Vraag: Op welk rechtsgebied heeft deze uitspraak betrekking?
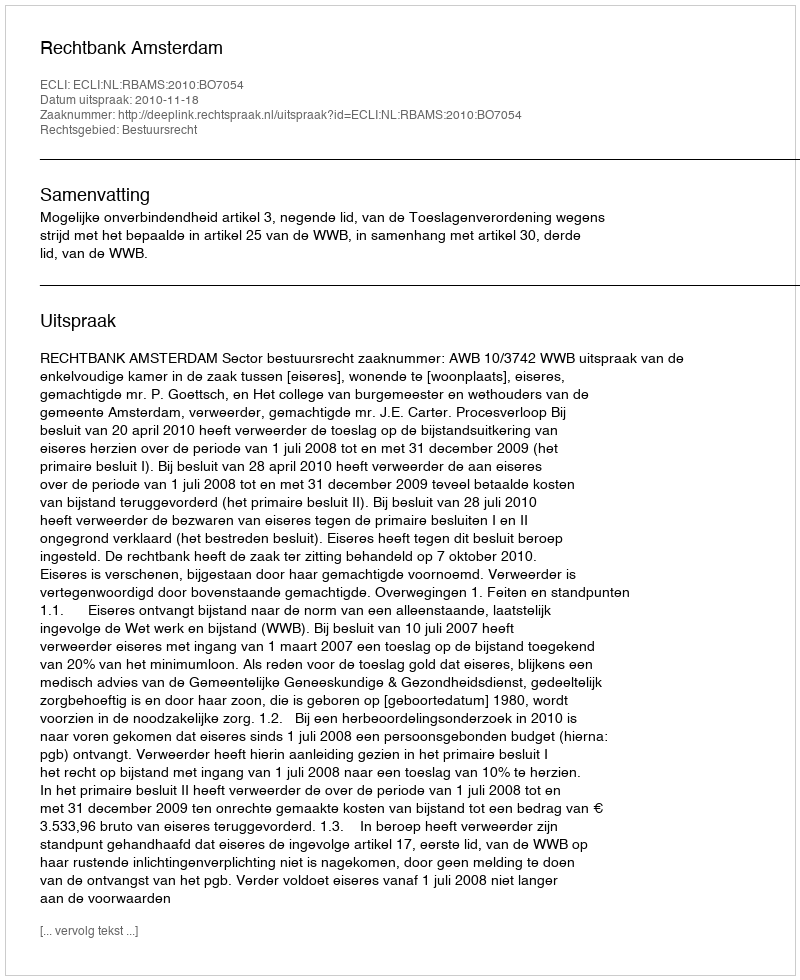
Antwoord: Bestuursrecht